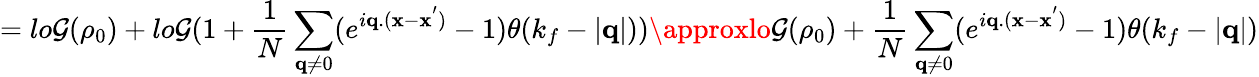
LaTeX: =lo\mathcal{G}(\rho_{0})+lo\mathcal{G}(1+\frac{{1}}{{N}}\sum_{{\mathbf{{q}}}\neq0}(e^{i{\mathbf{{q}}}.({\mathbf{{x}}}-{\mathbf{{x}}}^{'})}-1)\theta(k_{f}-|{\mathbf{{q}}}|))\approxlo\mathcal{G}(\rho_{0})+\frac{{1}}{{N}}\sum_{{\mathbf{{q}}}\neq0}(e^{i{\mathbf{{q}}}.({\mathbf{{x}}}-{\mathbf{{x}}}^{'})}-1)\theta(k_{f}-|{\mathbf{{q}}}|)